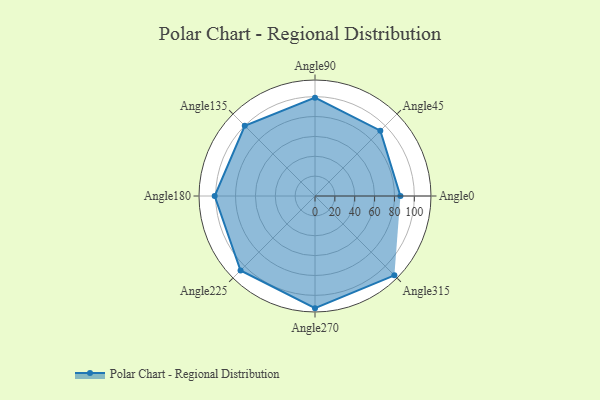
{"axis": {"x": "Angle", "y": "Radius"}, "legend": [""], "data": [{"x": "Angle0", "y": 86.0, "type": ""}, {"x": "Angle45", "y": 93.0, "type": ""}, {"x": "Angle90", "y": 99.0, "type": ""}, {"x": "Angle135", "y": 100.0, "type": ""}, {"x": "Angle180", "y": 101.0, "type": ""}, {"x": "Angle225", "y": 106.0, "type": ""}, {"x": "Angle270", "y": 113.0, "type": ""}, {"x": "Angle315", "y": 113.0, "type": ""}]}